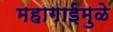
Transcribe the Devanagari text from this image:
महागाईमुळे